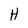
Character: H